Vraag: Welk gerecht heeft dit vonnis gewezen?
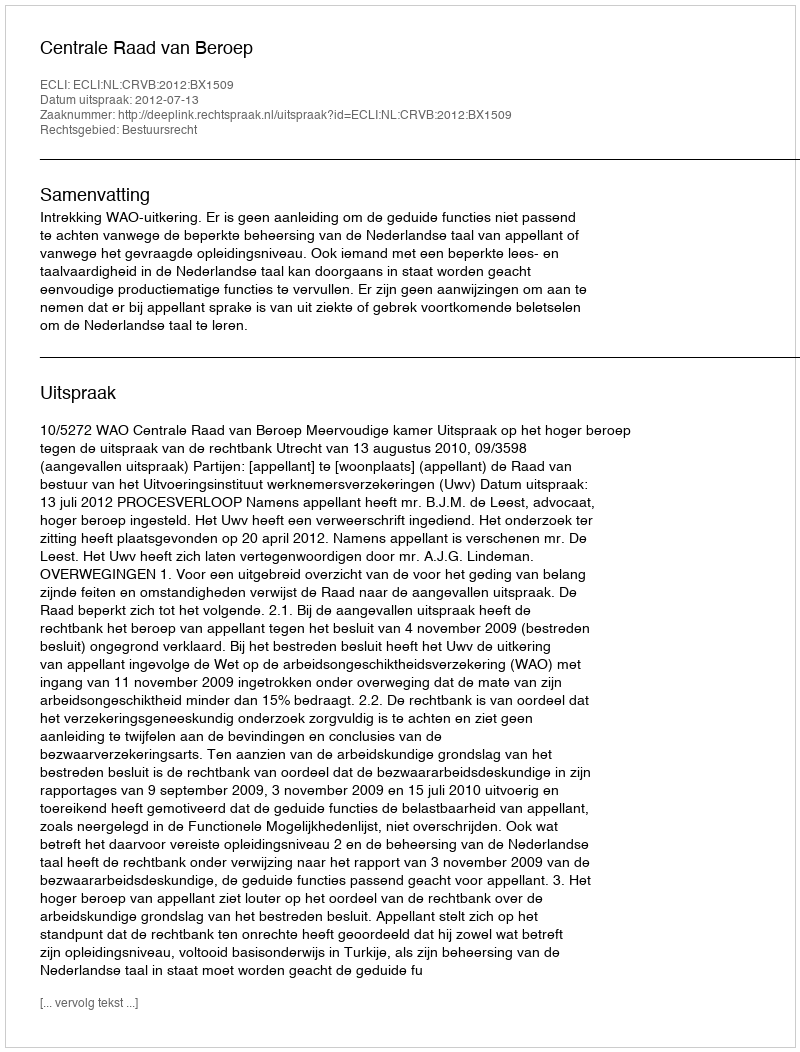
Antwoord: Centrale Raad van Beroep